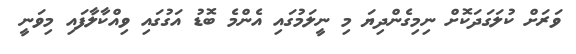
ވަރަށް ކުލަގަދަކޮށް ނިމިގެންދިޔަ މި ނީލަމުގައި އެންމެ ބޮޑު އަގުގައި ވިއްކާލާފައި މިވަނީ